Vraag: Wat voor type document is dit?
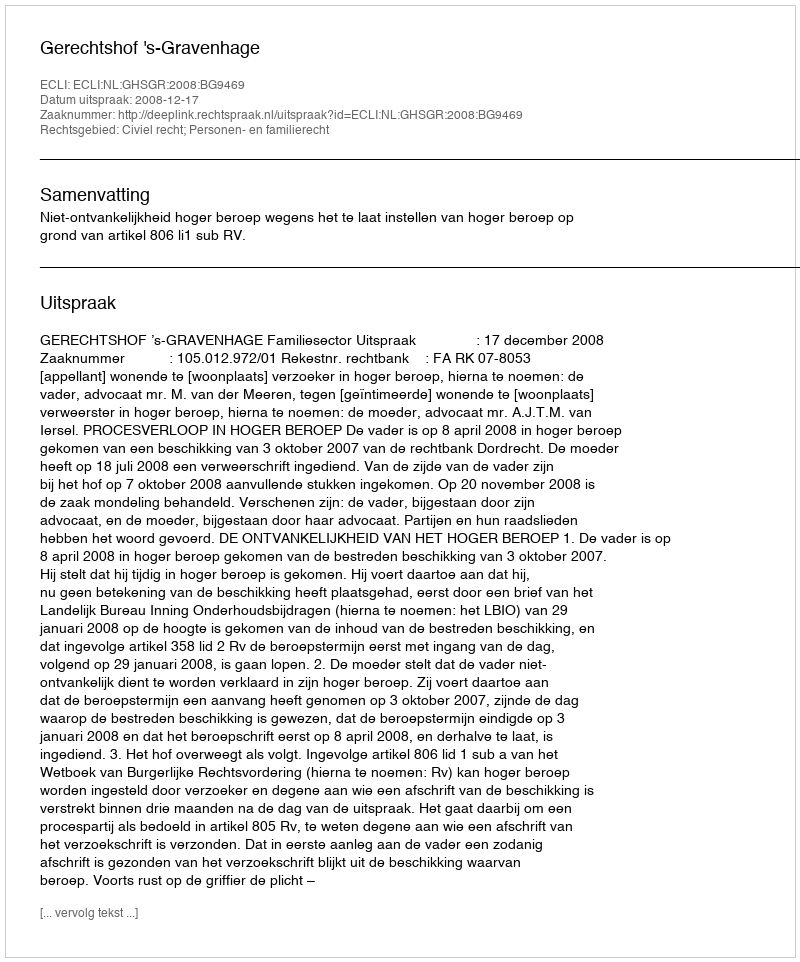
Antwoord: Uitspraak